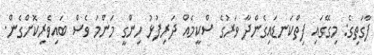
ފާގަތިގެ: މިގޭގައި ފިތްކަނޑައިގެންދާ ވަރުގެ ސްކީމެއް ދަރިފުޅު ހިންގީ މަންމަ ވެސް ބައިވެރިކޮށްގެން.